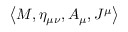
\left< M , \eta _ { \mu \nu } , A _ { \mu } , J ^ { \mu } \right>